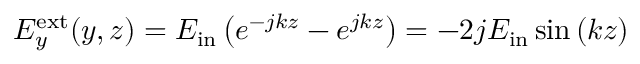
\begin{array} { r } { E _ { y } ^ { \mathrm { e x t } } ( y , z ) = E _ { \mathrm { i n } } \left( e ^ { - j k z } - e ^ { j k z } \right) = - 2 j E _ { \mathrm { i n } } \sin { \left( k z \right) } } \end{array}